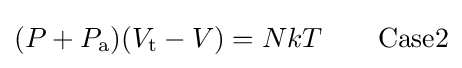
(P+P_{\text{a}})(V_{\text{t}}-V)=NkT\qquad \mathrm {Case2}